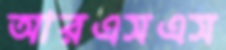
আরএসএস